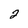
Character: 2